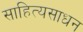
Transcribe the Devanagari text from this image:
साहित्यसाधन